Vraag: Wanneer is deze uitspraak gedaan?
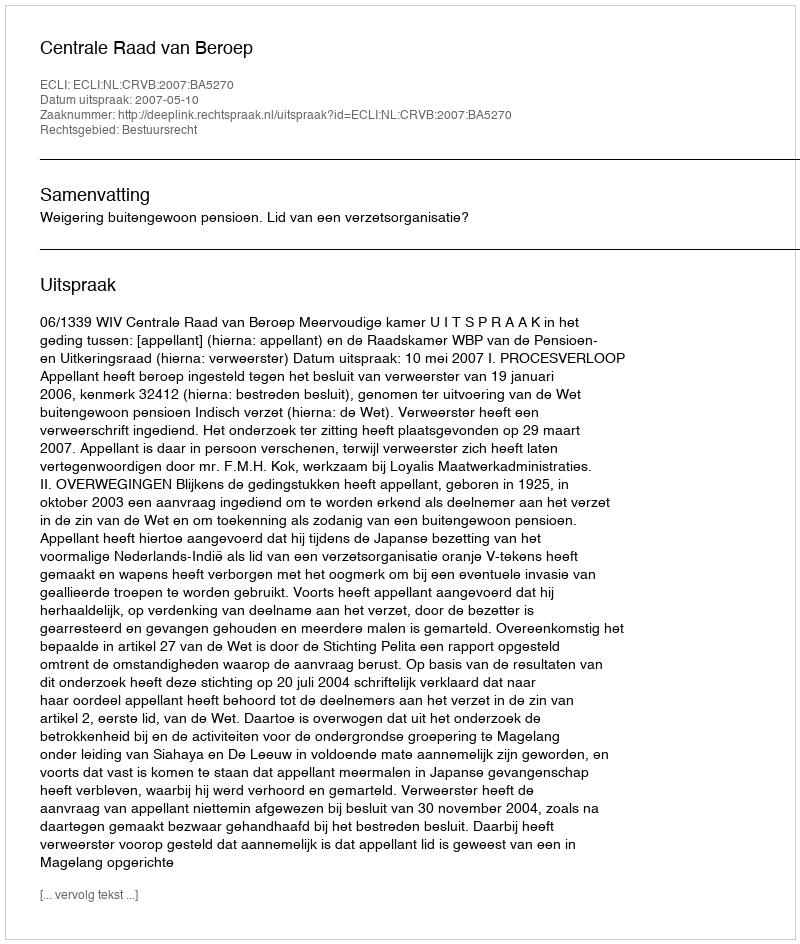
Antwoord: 2007-05-10